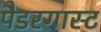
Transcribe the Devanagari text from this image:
पैडरगास्ट